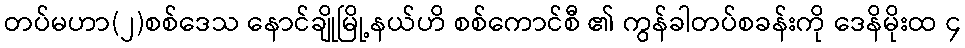
တပ်မဟာ(၂)စစ်ဒေသ နောင်ချိုမြို့နယ်ဟိ စစ်ကောင်စီ ၏ ကွန်ခါတပ်စခန်းကို ဒေနိမိုးထ ၄